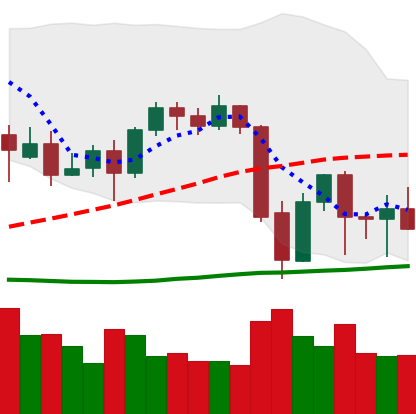
Ticker: BTC-USD
Chart end date: 2021-09-27
Forward return: 12.965%
Label: up_7plus